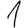
Digit: 1